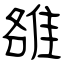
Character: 雒